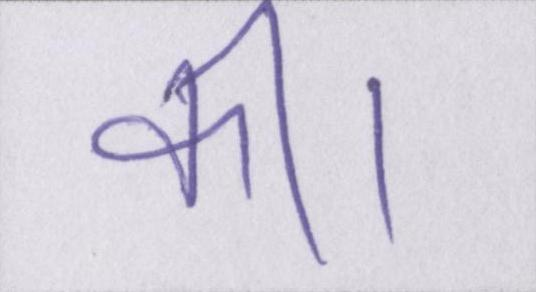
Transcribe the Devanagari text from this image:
की।